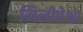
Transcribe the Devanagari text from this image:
मिलीपेक्षा